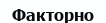
Факторно